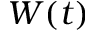
W ( t )